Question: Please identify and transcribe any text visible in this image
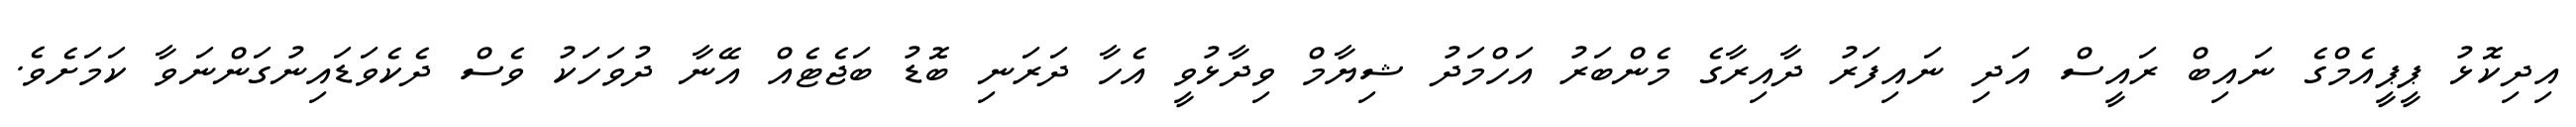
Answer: އިދިކޮޅު ޕީޕީއެމްގެ ނައިބް ރައީސް އަދި ނައިފަރު ދާއިރާގެ މެންބަރު އަހްމަދު ޝިޔާމް ވިދާޅުވީ އެހާ ދަރަނި ބޮޑު ބަޖެޓެއް އޭނާ ދުވަހަކު ވެސް ދެކެވަޑައިނުގަންނަވާ ކަމަށެވެ.